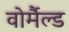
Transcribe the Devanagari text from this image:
वोर्मैल्ड